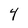
Character: 4